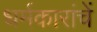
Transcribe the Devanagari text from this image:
धर्मकारांचें